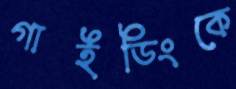
গাইডিংকে